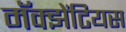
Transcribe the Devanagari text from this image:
मॅक्झेंटियस